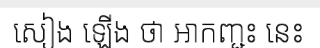
សៀង ឡើង ថា អាកញ្ជះ នេះ